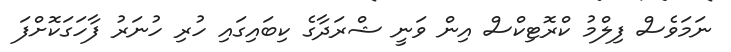
ނަމަވެސް ފިލްމު ކްރޮޓިކްސް އިން ވަނީ ޝްރަދާގެ ކިބައިގައި ހުރި ހުނަރު ފާހަގަކޮށްފަ